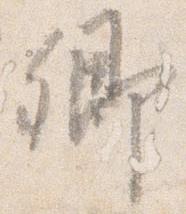
卿